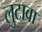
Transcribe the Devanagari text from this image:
लुटावा